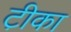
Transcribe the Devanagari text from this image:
टी़का